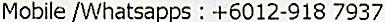
MOBILE /WHATSAPPS : +6012-918 7937